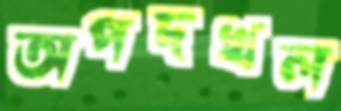
অপদখল